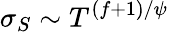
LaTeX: \sigma_{S}\sim T^{({f+1})/{\psi}}